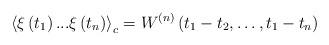
LaTeX: \begin{align*} \left \langle \xi \left( {{t_1}} \right)...\xi \left( {{t_n}} \right) \right \rangle _c = {W^{\left( n \right)}}\left( {{t_1} - {t_2}, \ldots ,{t_1} - {t_n}} \right)\end{align*}